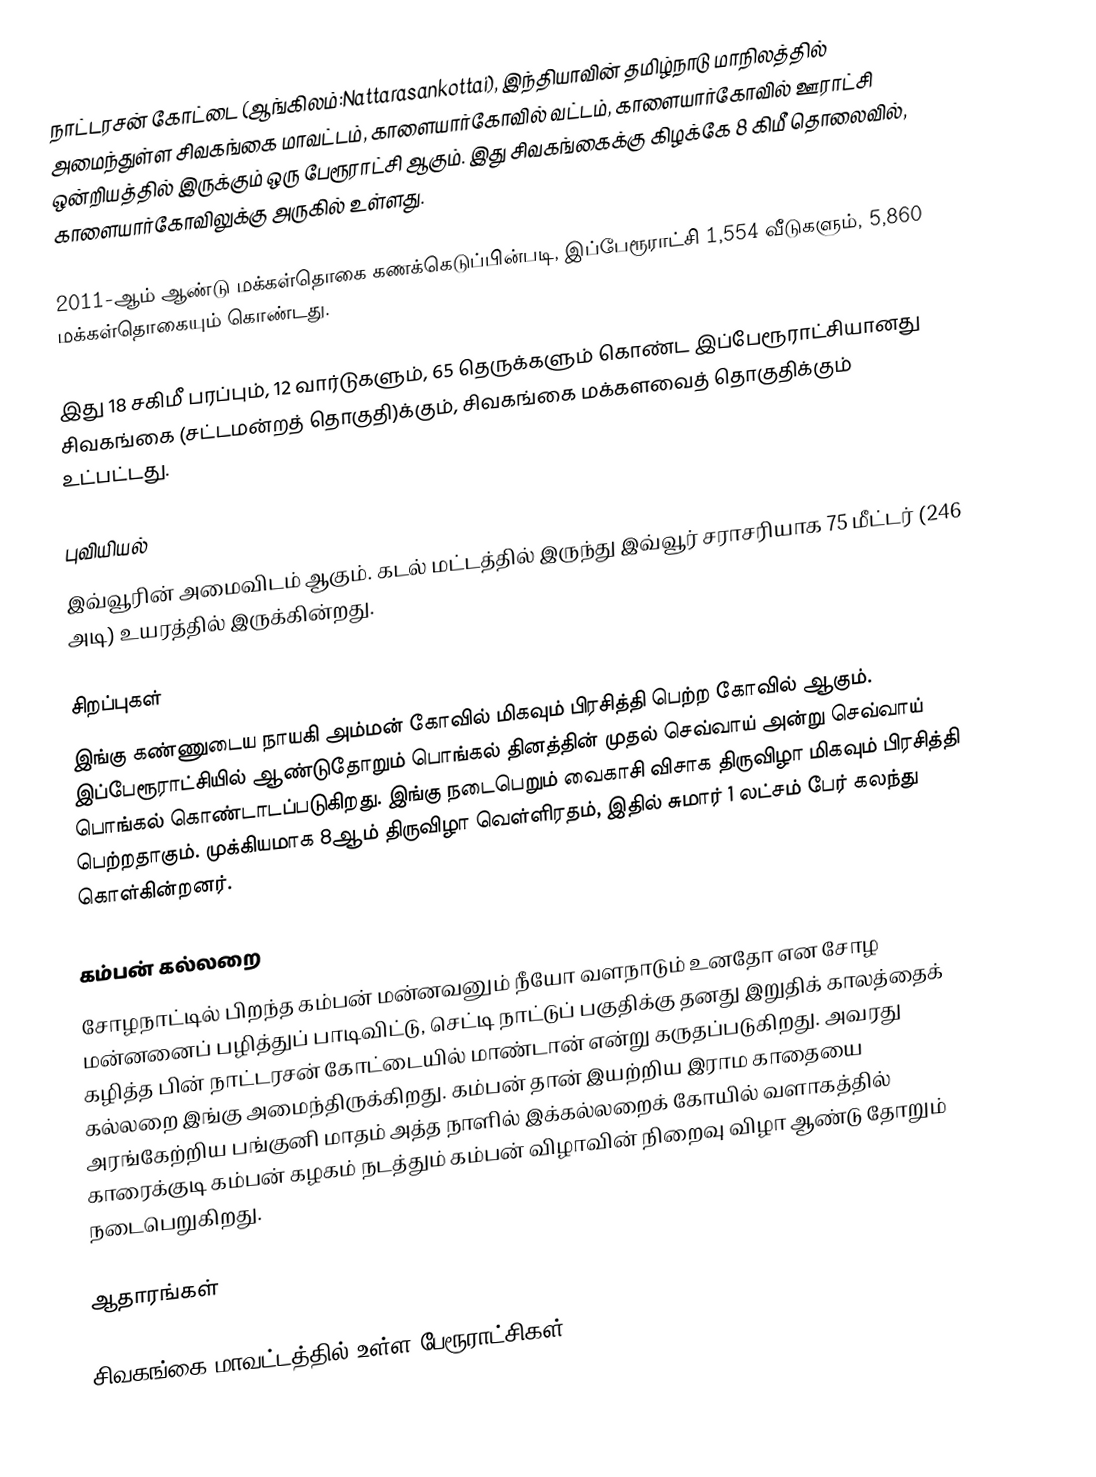
நாட்டரசன் கோட்டை (ஆங்கிலம்:Nattarasankottai), இந்தியாவின் தமிழ்நாடு மாநிலத்தில் அமைந்துள்ள சிவகங்கை மாவட்டம், காளையார்கோவில் வட்டம், காளையார்கோவில் ஊராட்சி ஒன்றியத்தில் இருக்கும் ஒரு பேரூராட்சி ஆகும். இது சிவகங்கைக்கு கிழக்கே 8 கிமீ தொலைவில், காளையார்கோவிலுக்கு அருகில் உள்ளது.

2011-ஆம் ஆண்டு மக்கள்தொகை கணக்கெடுப்பின்படி,   இப்பேரூராட்சி 1,554      வீடுகளும்,      5,860   மக்கள்தொகையும் கொண்டது.

இது 18 சகிமீ பரப்பும்,       12 வார்டுகளும், 65 தெருக்களும் கொண்ட  இப்பேரூராட்சியானது  சிவகங்கை (சட்டமன்றத் தொகுதி)க்கும், சிவகங்கை மக்களவைத் தொகுதிக்கும் உட்பட்டது.

புவியியல்
இவ்வூரின் அமைவிடம்  ஆகும். கடல் மட்டத்தில் இருந்து இவ்வூர் சராசரியாக 75 மீட்டர் (246 அடி) உயரத்தில் இருக்கின்றது.

சிறப்புகள்
இங்கு கண்ணுடைய நாயகி அம்மன் கோவில் மிகவும் பிரசித்தி பெற்ற கோவில் ஆகும். இப்பேரூராட்சியில் ஆண்டுதோறும் பொங்கல் தினத்தின் முதல் செவ்வாய் அன்று செவ்வாய் பொங்கல் கொண்டாடப்படுகிறது.  இங்கு நடைபெறும் வைகாசி விசாக திருவிழா மிகவும் பிரசித்தி பெற்றதாகும். முக்கியமாக 8ஆம் திருவிழா வெள்ளிரதம், இதில் சுமார் 1 லட்சம் பேர் கலந்து கொள்கின்றனர்.

கம்பன் கல்லறை
சோழநாட்டில் பிறந்த கம்பன் மன்னவனும் நீயோ வளநாடும் உனதோ என சோழ மன்னனைப் பழித்துப் பாடிவிட்டு, செட்டி நாட்டுப் பகுதிக்கு தனது இறுதிக் காலத்தைக் கழித்த பின் நாட்டரசன் கோட்டையில் மாண்டான் என்று கருதப்படுகிறது. அவரது கல்லறை இங்கு அமைந்திருக்கிறது.   கம்பன் தான் இயற்றிய இராம காதையை அரங்கேற்றிய பங்குனி மாதம் அத்த நாளில் இக்கல்லறைக் கோயில் வளாகத்தில் காரைக்குடி கம்பன் கழகம் நடத்தும் கம்பன் விழாவின் நிறைவு விழா ஆண்டு தோறும் நடைபெறுகிறது.

ஆதாரங்கள்

சிவகங்கை மாவட்டத்தில் உள்ள பேரூராட்சிகள்